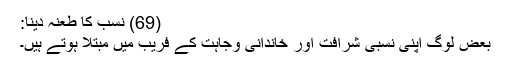
(69) نسب کا طعنہ دینا:
بعض لوگ اپنی نسبی شرافت اور خاندانی وجاہت کے فریب میں مبتلا ہوتے ہیں۔